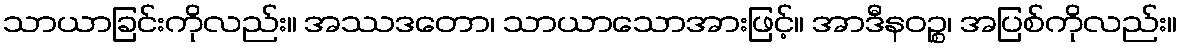
သာယာခြင်းကိုလည်း။ အဿဒတော၊ သာယာသောအားဖြင့်။ အာဒီနဝဉ္စ၊ အပြစ်ကိုလည်း။